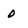
Character: 0